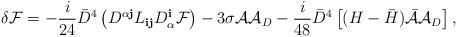
LaTeX: \begin{align*}\delta {\cal F} = -\frac{i}{24} {\bar D}^4 \left( D^{\alpha {\mathbf j}} L_{{\mathbf i}{\mathbf j}} D_\alpha^{\mathbf i} {\cal F} \right) - 3 \sigma{\cal A}{\cal A}_D - \frac{i}{48} {\bar D}^4 \left[ (H - {\bar H}) {\bar{\cal A}} {\cal A}_D \right],\end{align*}